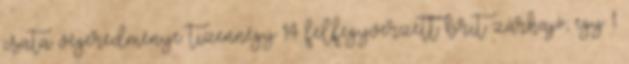
csata végeredménye: tizennégy 14 felfegyverzett brit zárhajó, egy 1